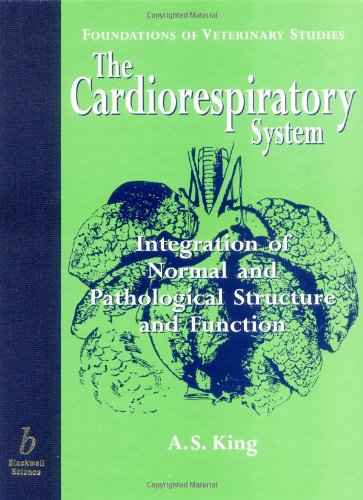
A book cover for The Cardiorespiratory System: Integration of Normal and Pathological Structure and Function; Anthony S. King; Medical Books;